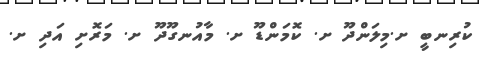
ކުރިނބީ ށ.މިލަންދޫ ށ. ކޮމަންޑޫ ށ. މާއުނގޫދޫ ށ. މަރޮށި އަދި ށ.